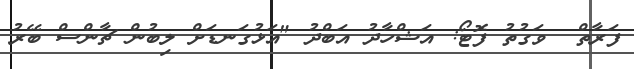
ފަރާތް  ވަގުތު ފޮޓޯ: އަޝްހާދު އަބްދު "އަޅުގަނޑަށް ލިބުން ޗާންސް ބޭރު